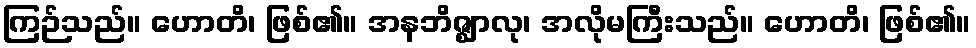
ကြဉ်သည်။ ဟောတိ၊ ဖြစ်၏။ အနဘိဇ္ဈာလု၊ အလိုမကြီးသည်။ ဟောတိ၊ ဖြစ်၏။